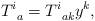
LaTeX: \begin{align*}T_{\;\;a}^{i}=T_{\;\;ak}^{i}y^{k}, \end{align*}